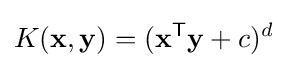
K(\mathbf {x} ,\mathbf {y} )=(\mathbf {x} ^{\mathsf {T}}\mathbf {y} +c)^{d}